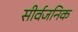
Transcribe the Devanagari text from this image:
सीर्वजनिक